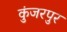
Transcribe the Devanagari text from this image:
कुंजरपुर